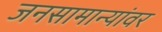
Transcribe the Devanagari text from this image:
जनसामान्यांवर